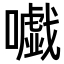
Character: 𡃰